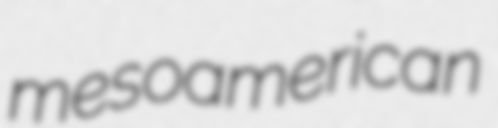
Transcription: mesoamerican